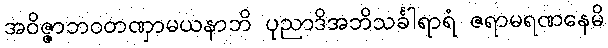
အဝိဇ္ဇာဘဝတဏှာမယနာဘိ ပုညာဒိအဘိသင်္ခါရာရံ ဇရာမရဏနေမိ